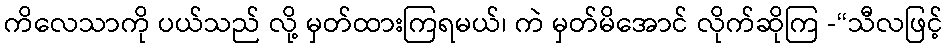
ကိလေသာကို ပယ်သည် လို့ မှတ်ထားကြရမယ်၊ ကဲ မှတ်မိအောင် လိုက်ဆိုကြ -“သီလဖြင့်